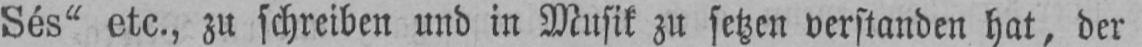
Sés“ etc., zu schreiben und in Musik zu setzen verstanden hat, der